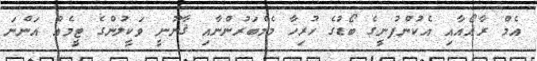
އެމް ރާއޯއާއި އެކުންފުނީގެ ބޯޑުގެ ހުރިހާ މެމްބަރުންނާއި ޤާނޫނީ ވަކީލުންގެ ޓީމެއް އަންނަ